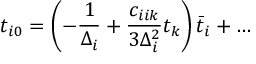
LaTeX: t _ { i 0 } = \left( - { \frac { 1 } { \Delta _ { i } } } + { \frac { c _ { i i k } } { 3 \Delta _ { i } ^ { 2 } } } t _ { k } \right) \bar { t } _ { i } + \dots